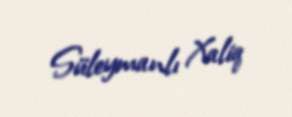
Süleymanlı Xaliq